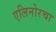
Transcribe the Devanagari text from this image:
एलिनोरचा